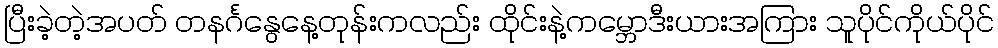
ပြီးခဲ့တဲ့အပတ် တနင်္ဂနွေနေ့တုန်းကလည်း ထိုင်းနဲ့ကမ္ဘောဒီးယားအကြား သူပိုင်ကိုယ်ပိုင်